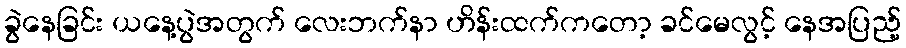
ခွဲနေခြင်း ယနေ့ပွဲအတွက် လေးဘက်နာ ဟိန်းထက်ကတော့ ခင်မေလွင့် နေအပြည့်